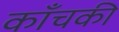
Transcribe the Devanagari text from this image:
काँचकी